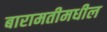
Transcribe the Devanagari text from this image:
बारामतीमधील